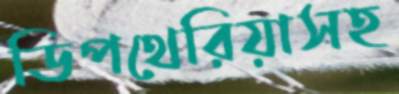
ডিপথেরিয়াসহ